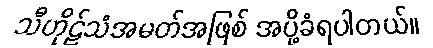
သီဟိုဠ်သံအမတ်အဖြစ် အပို့ခံရပါတယ်။